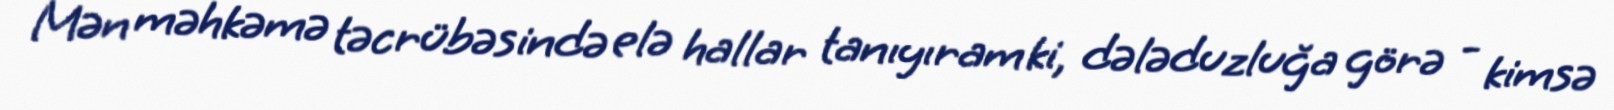
Mən məhkəmə təcrübəsində elə hallar tanıyıram ki, dələduzluğa görə - kimsə